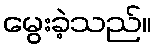
မွေးခဲ့သည်။